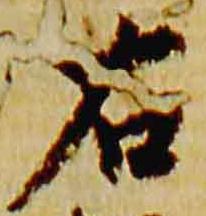
右